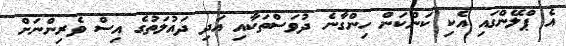
އެ ޕްލޭންގައި އެކި ކަންކަން ހިންގާނެ ދުވަސްތަކާއި އަދި ދައުލަތުގެ އިސް ވެރިންނަށް